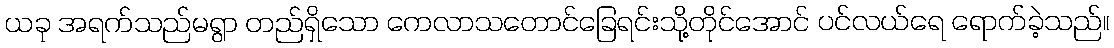
ယခု အရက်သည်မရွာ တည်ရှိသော ကေလာသတောင်ခြေရင်းသို့တိုင်အောင် ပင်လယ်ရေ ရောက်ခဲ့သည်။